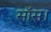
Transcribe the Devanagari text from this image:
सॉस।